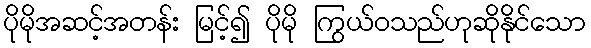
ပိုမိုအဆင့်အတန်း မြင့်၍ ပိုမို ကြွယ်ဝသည်ဟုဆိုနိုင်သော